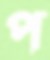
প